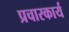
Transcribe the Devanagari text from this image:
प्रचारकार्य